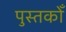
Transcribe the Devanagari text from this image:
पुस्तकोँ